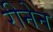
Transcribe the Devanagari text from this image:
रीनेन